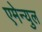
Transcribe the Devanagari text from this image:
एमेन्युल